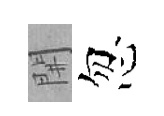
𨳩忽